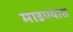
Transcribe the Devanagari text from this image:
माडण्यात